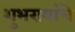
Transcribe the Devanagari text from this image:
शुभरायांचे